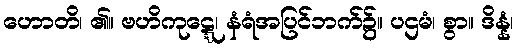
ဟောတိ၊ ၏။ ဗဟိကုဋ္ဋေ၊ နံရံအပြင်ဘက်၌။ ပဌမံ၊ စွာ။ ဒိန္နံ၊